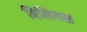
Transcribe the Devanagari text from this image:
बिलियस